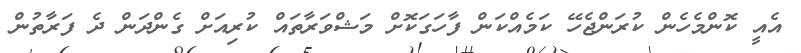
އެއީ ކޮންމެހެން ކުރަންޖެހޭ ކަމެއްކަން ފާހަގަކޮށް މަޝްވަރާތައް ކުރިއަށް ގެންދަން ދެ ފަރާތުން